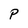
Character: P